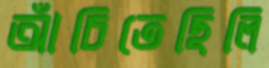
আঁচিতেছিলি